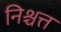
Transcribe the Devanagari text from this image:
निश्चत्त